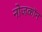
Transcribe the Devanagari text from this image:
नोजकाॅन